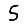
Digit: 5